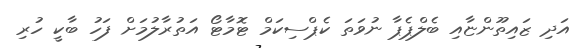
އަދި ޒައިތޫންޏާއި ބެލްޕެޕާ ނުވަތަ ކެޕްސިކަމް ޓޮމާޓޯ އަތުރާލުމަށް ފަހު ބާކީ ހުރި